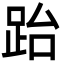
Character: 跆